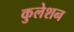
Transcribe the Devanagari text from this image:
कुलेशन